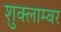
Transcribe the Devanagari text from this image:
शुक्लाम्बर